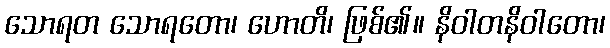
သောရတ သောရတော၊ ဟောတိ၊ ဖြစ်၏။ နိဝါတနိဝါတော၊